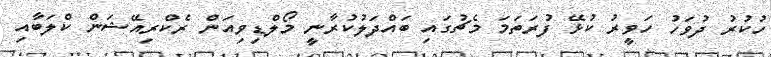
ހުކުރު ދުވަހު ހަވީރު ކުޅޭ ފުރަތަމަ މެޗުގައި ބައްދަލުކުރާނީ މޯލްޑިވިއަން ރެކްރިއޭޝަން ކްލަބާއި